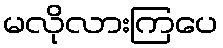
မလိုလားကြပေ